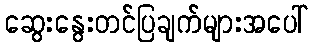
ဆွေးနွေးတင်ပြချက်များအပေါ်